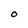
Character: O